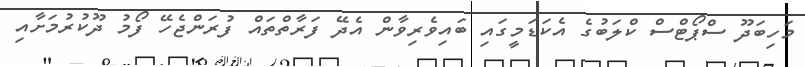
މަހިބަދޫ ސްޕޯޓްސް ކްލަބުގެ އެކަޑަމީގައި ބައިވެރިވާން އެދޭ ފަރާތްތައް ފުރަންޖެހޭ ފޯމު ދޫކުރުމަށާއި